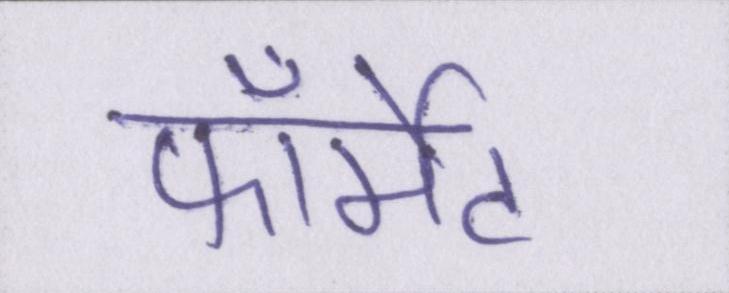
फॉर्मेट